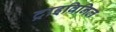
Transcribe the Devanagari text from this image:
ट्राइविनिल